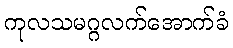
ကုလသမဂ္ဂလက်အောက်ခံ